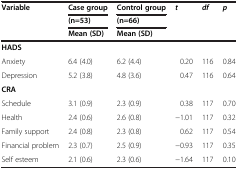
<table><thead><tr><td><b>Variable</b></td><td><b>Case group</b></td><td><b>Control group</b></td><td><b><i>t</i></b></td><td><b><i>df</i></b></td><td><b><i>p</i></b></td></tr><tr><td><b> </b></td><td><b>(n=53)</b></td><td><b>(n=66)</b></td><td><b> </b></td><td><b> </b></td><td><b> </b></td></tr><tr><td><b> </b></td><td><b>Mean (SD)</b></td><td><b>Mean (SD)</b></td><td><b> </b></td><td><b> </b></td><td><b> </b></td></tr></thead><tbody><tr><td><b>HADS</b></td><td> </td><td> </td><td> </td><td> </td><td> </td></tr><tr><td>Anxiety</td><td>6.4 (4.0)</td><td>6.2 (4.4)</td><td>0.20</td><td>116</td><td>0.84</td></tr><tr><td>Depression</td><td>5.2 (3.8)</td><td>4.8 (3.6)</td><td>0.47</td><td>116</td><td>0.64</td></tr><tr><td><b>CRA</b></td><td> </td><td> </td><td> </td><td> </td><td> </td></tr><tr><td>Schedule</td><td>3.1 (0.9)</td><td>2.3 (0.9)</td><td>0.38</td><td>117</td><td>0.70</td></tr><tr><td>Health</td><td>2.4 (0.6)</td><td>2.6 (0.8)</td><td>−1.01</td><td>117</td><td>0.32</td></tr><tr><td>Family support</td><td>2.4 (0.8)</td><td>2.3 (0.8)</td><td>0.62</td><td>117</td><td>0.54</td></tr><tr><td>Financial problem</td><td>2.3 (0.7)</td><td>2.5 (0.9)</td><td>−0.93</td><td>117</td><td>0.35</td></tr><tr><td>Self esteem</td><td>2.1 (0.6)</td><td>2.3 (0.6)</td><td>−1.64</td><td>117</td><td>0.10</td></tr></tbody></table>